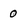
Character: 0